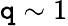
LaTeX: \mathtt{q}\sim1